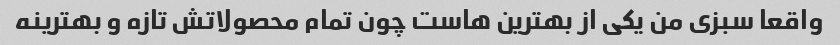
واقعا سبزی من یکی از بهترین هاست چون تمام محصولاتش تازه و بهترینه